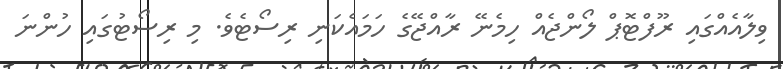
ވިލާއެއްގައި ރޫފްޓޮޕް ލޯންޖެއް ހިމެނޭ ރާއްޖޭގެ ހަމައެކަނި ރިސޯޓެވެ. މި ރިސޯޓުގައި ހުންނަ